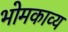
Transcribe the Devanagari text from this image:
भोमकाव्य